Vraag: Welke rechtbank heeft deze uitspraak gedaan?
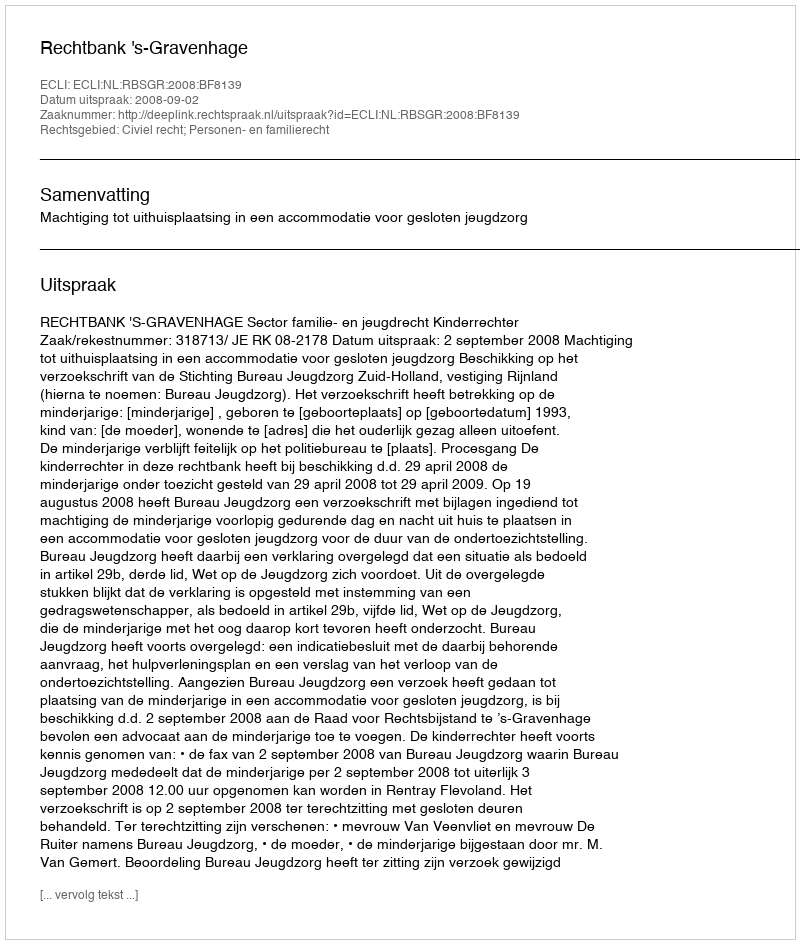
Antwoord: Rechtbank 's-Gravenhage